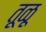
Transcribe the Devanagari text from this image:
तूळू